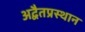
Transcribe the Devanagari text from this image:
अद्वैतप्रस्थान